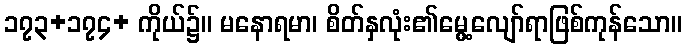
၁၇၃+၁၇၄+ ကိုယ်၌။ မနောရမာ၊ စိတ်နှလုံး၏မွေ့လျော်ရာဖြစ်ကုန်သော။